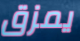
يمزق